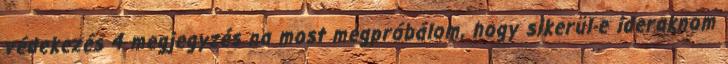
védekezés 4 megjegyzés na most megpróbálom, hogy sikerül-e ideraknom